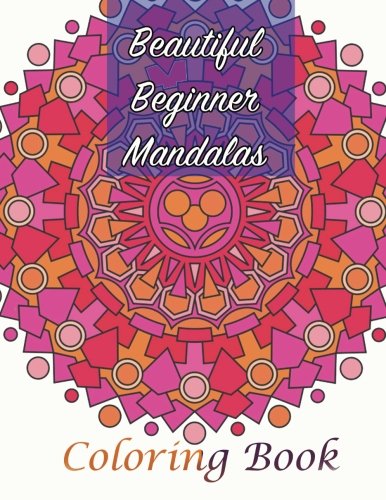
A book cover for Beautiful Beginner Mandalas Coloring Book (Sacred Mandala Designs and Patterns Coloring Books for Adults) (Volume 84); Lilt Kids Coloring Books; Religion & Spirituality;